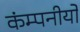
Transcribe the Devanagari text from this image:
कंम्पनीयों